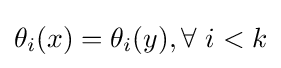
\theta _{i}(x)=\theta _{i}(y),\forall ~i<k